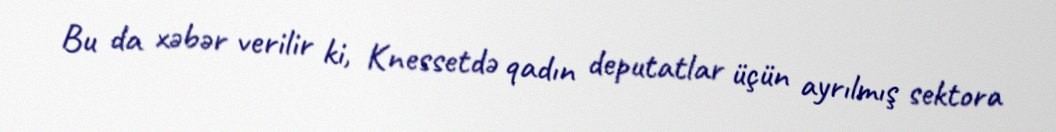
Bu da xəbər verilir ki, Knessetdə qadın deputatlar üçün ayrılmış sektora